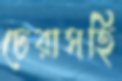
ঢেরাসহি